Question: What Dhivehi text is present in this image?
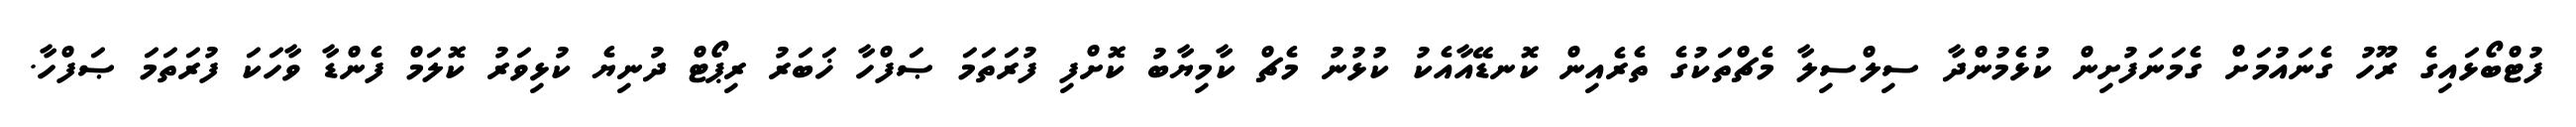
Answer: ފުޓްބޯޅައިގެ ރޫހު ގެނައުމަށް ގެމަނަފުށިން ކުޅެމުންދާ ސިލްސިލާ މެޗްތަކުގެ ތެރެއިން ކޮނޑޭއާއެކު ކުޅުނު މެޗް ކާމިޔާބު ކޮށްފި ފުރަތަމަ ޞަފްހާ ޚަބަރު ރިޕޯޓް ދުނިޔެ ކުޅިވަރު ކޮލަމް ފެންޑާ ވާހަކަ ފުރަތަމަ ޞަފްހާ.